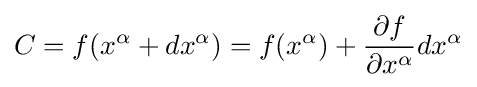
C=f(x^{\alpha }+dx^{\alpha })=f(x^{\alpha })+{\partial f \over \partial x^{\alpha }}dx^{\alpha }